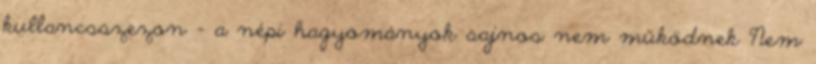
kullancsszezon - a népi hagyományok sajnos nem működnek Nem